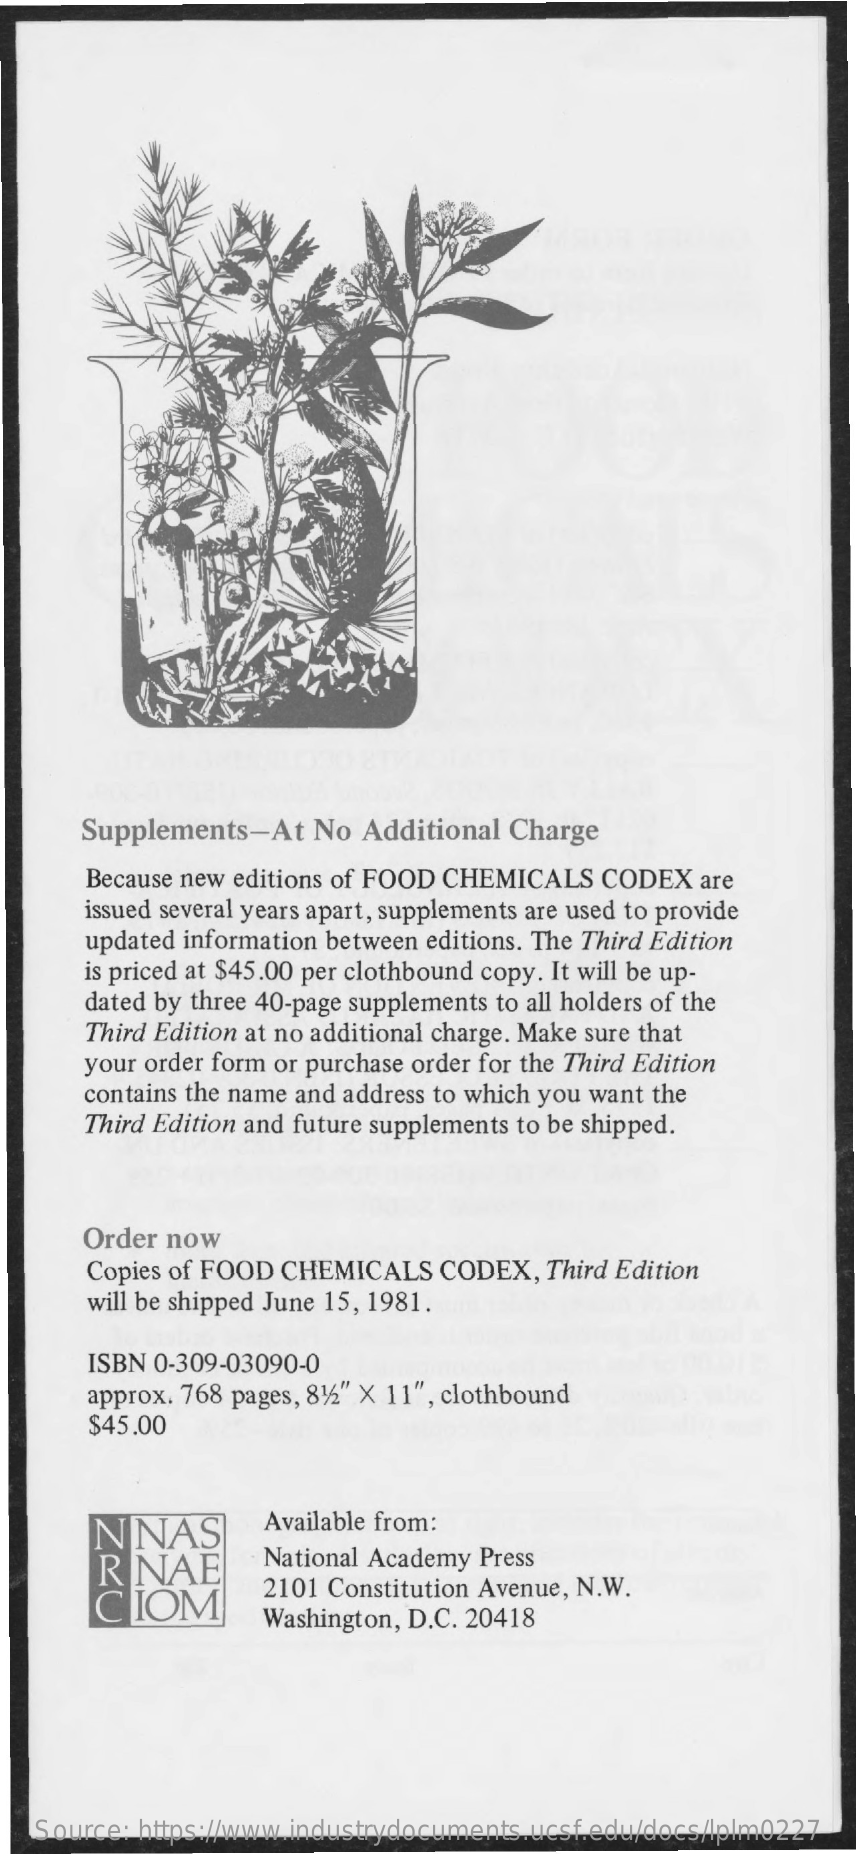
Supplements-At    No Additional Charge
     Because new editions of FOOD CHEMICALS CODEX  are
     issued several years apart, supplements are used to provide
     updated information between editions. The Third Edition
     is priced at $45.00 per clothbound copy. It will be up-
     dated by three 40-page supplements to all holders of the
     Third Edition at no additional charge. Make sure that
     your order form or purchase order for the Third Edition
     contains the name and address to which you want the
     Third Edition and future supplements to be shipped.
     Order now
     Copies of FOOD CHEMICALS  CODEX,  Third Edition
     will be shipped June 15, 1981.
     ISBN 0-309-03090-0
     approx. 768 pages, 81/2" X 11", clothbound
     $45.00
     NNAS    Available from:
     R  NAE    National Academy Press
     CIOM
     2101 Constitution Avenue, N.W.
     Washington, D.C. 20418
   Source: https://www.industrydocuments.ucsf.edu/docs/lplm0227